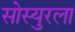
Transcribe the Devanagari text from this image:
सोस्युरला